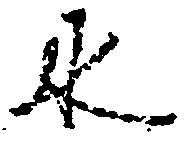
水